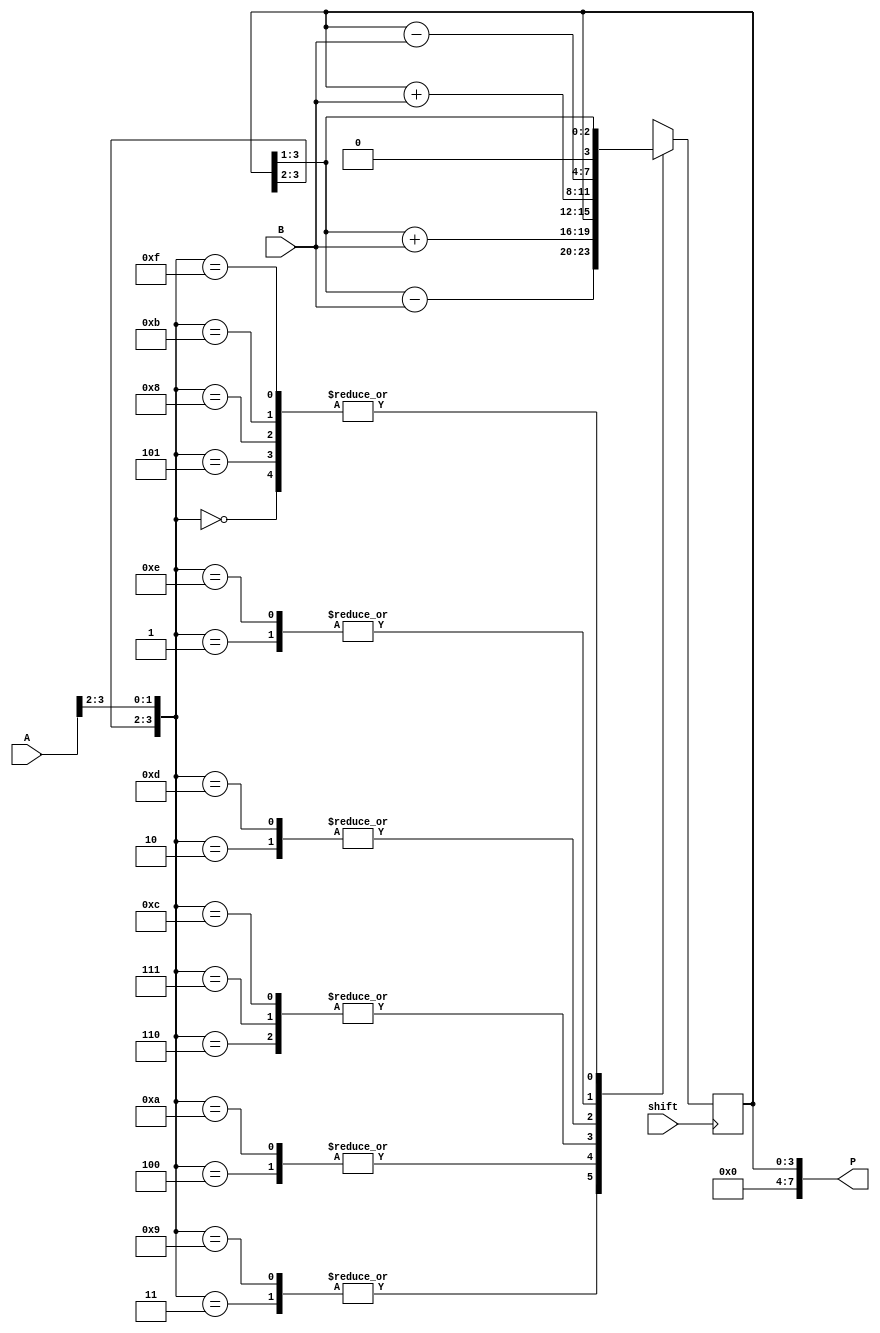
module Booth_Multiplier(
  input [3:0] A,
  input [3:0] B,
  input shift,
  output reg [7:0] P
);

reg [3:0] partial_product_reg;

always @ (posedge shift) begin
  case({partial_product_reg[3], partial_product_reg[2], A[3], A[2]})
    4'b0000: partial_product_reg <= {1'b0, partial_product_reg[3:1]};
    4'b0001: partial_product_reg <= partial_product_reg - B;
    4'b0010: partial_product_reg <= partial_product_reg + B;
    4'b0011: partial_product_reg <= {1'b0, partial_product_reg[3:1]} - B;
    4'b0100: partial_product_reg <= {1'b0, partial_product_reg[3:1]} + B;
    4'b0101: partial_product_reg <= {1'b0, partial_product_reg[3:1]};
    4'b0110: partial_product_reg <= partial_product_reg;
    4'b0111: partial_product_reg <= partial_product_reg;
    4'b1000: partial_product_reg <= {1'b0, partial_product_reg[3:1]};
    4'b1001: partial_product_reg <= {1'b0, partial_product_reg[3:1]} - B;
    4'b1010: partial_product_reg <= {1'b0, partial_product_reg[3:1]} + B;
    4'b1011: partial_product_reg <= {1'b0, partial_product_reg[3:1]};
    4'b1100: partial_product_reg <= partial_product_reg;
    4'b1101: partial_product_reg <= partial_product_reg + B;
    4'b1110: partial_product_reg <= partial_product_reg - B;
    4'b1111: partial_product_reg <= {1'b0, partial_product_reg[3:1]};
  endcase
end

assign P = partial_product_reg;

endmodule